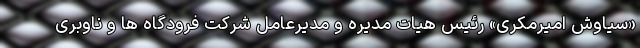
«سیاوش امیرمکری» رئیس هیات مدیره و مدیرعامل شرکت فرودگاه ها و ناوبری